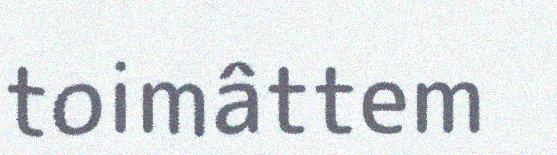
toimâttem